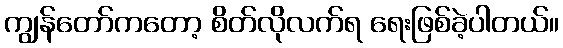
ကျွန်တော်ကတော့ စိတ်လိုလက်ရ ရေးဖြစ်ခဲ့ပါတယ်။